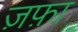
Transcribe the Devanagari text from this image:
ज़फ़ा